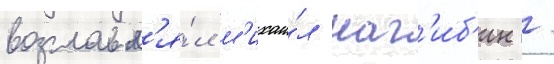
возглавл'я́л м'ихаи́л наг'иб'ин /